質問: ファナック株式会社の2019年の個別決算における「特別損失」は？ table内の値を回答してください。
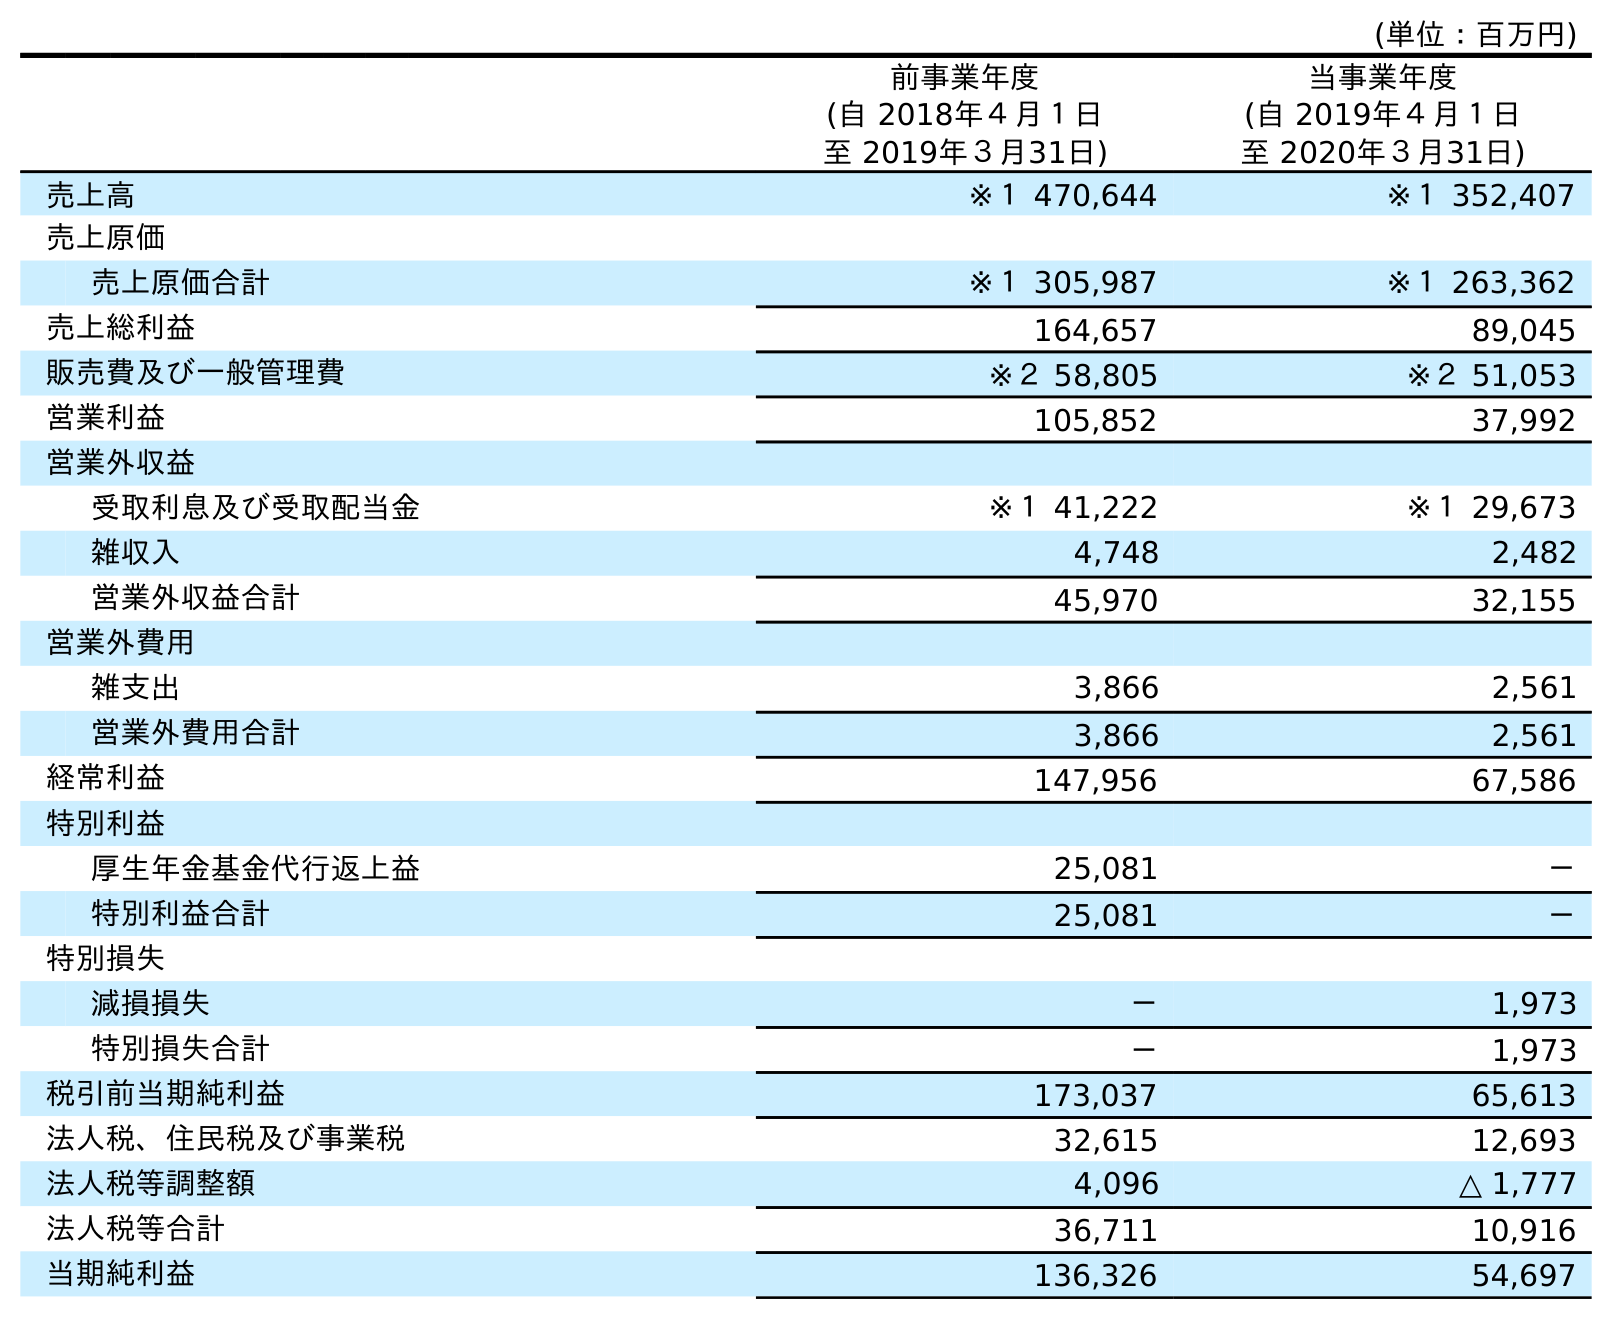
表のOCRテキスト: (単位：百万円) 前事業年度 (自 2018年４月１日 至 2019年３月31日) 当事業年度 (自 2019年４月１日 至 2020年３月31日) 売上高 ※１ 470,644 ※１ 352,407 売上原価 売上原価合計 ※１ 305,987 ※１ 263,362 売上総利益 164,657 89,045 販売費及び一般管理費 ※２ 58,805 ※２ 51,053 営業利益 105,852 37,992 営業外収益 受取利息及び受取配当金 ※１ 41,222 ※１ 29,673 雑収入 4,748 2,482 営業外収益合計 45,970 32,155 営業外費用 雑支出 3,866 2,561 営業外費用合計 3,866 2,561 経常利益 147,956 67,586 特別利益 厚生年金基金代行返上益 25,081 － 特別利益合計 25,081 － 特別損失 減損損失 － 1,973 特別損失合計 － 1,973 税引前当期純利益 173,037 65,613 法人税、住民税及び事業税 32,615 12,693 法人税等調整額 4,096 △ 1,777 法人税等合計 36,711 10,916 当期純利益 136,326 54,697
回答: －